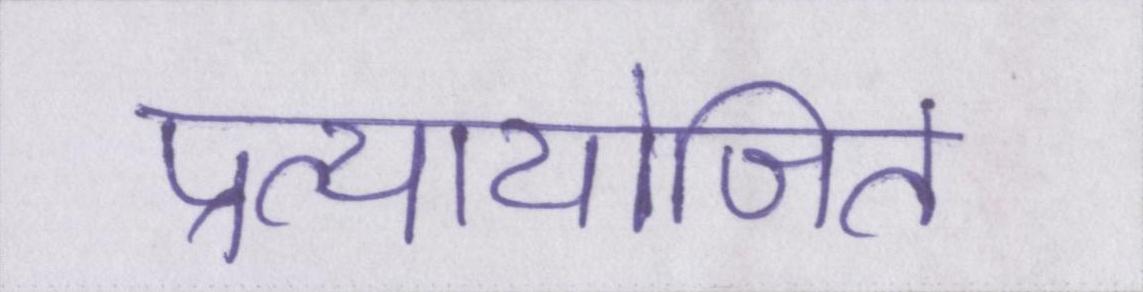
प्रत्यायोजित